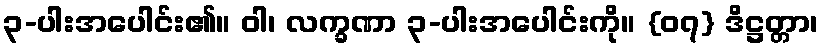
၃-ပါးအပေါင်း၏။ ဝါ၊ လက္ခဏာ ၃-ပါးအပေါင်းကို။ {၀၇} ဒိဋ္ဌတ္တာ၊